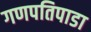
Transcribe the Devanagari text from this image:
गणपतिपाडा